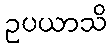
ဥပယာသိ